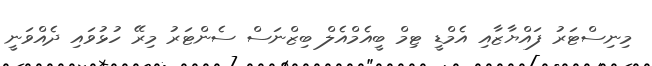
މިނިސްޓަރު ފައްޔާޒާއި އެމްޑީ ޓިމް ބީއެމްއެލް ބިޒްނަސް ސެންޓަރު މިރޭ ހުޅުވައި ދެއްވަނީ